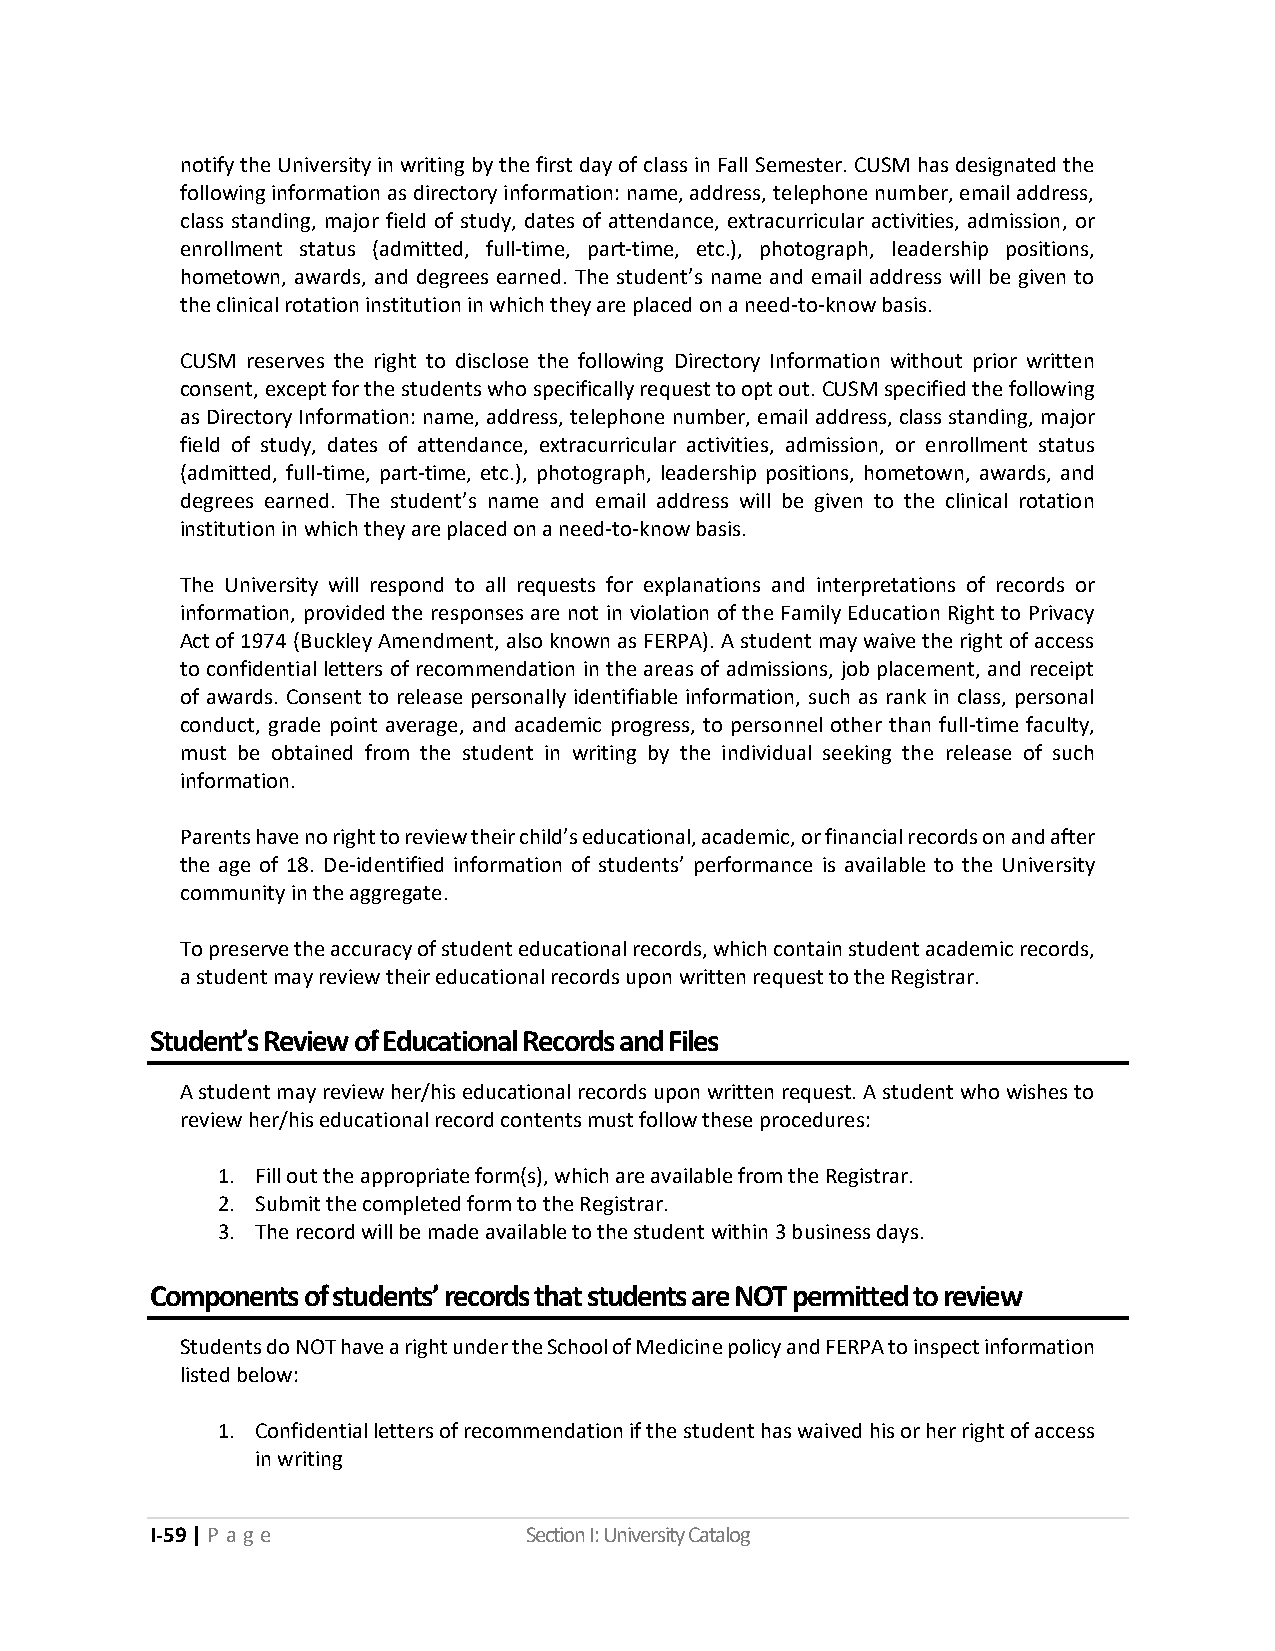
notify the University in writing by the first day of class in Fall Semester. CUSM has designated the
 following information as directory information: name, address, telephone number, email address,
 class standing, major field of study, dates of attendance, extracurricular activities, admission, or
 enrollment status (admitted, full-time, part-time, etc.), photograph, leadership positions,
 hometown, awards, and degrees earned. The student’s name and email address will be given to
 the clinical rotation institution in which they are placed on a need-to-know basis.
 CUSM reserves the right to disclose the following Directory Information without prior written
 consent, except for the students who specifically request to opt out. CUSM specified the following
 as Directory Information: name, address, telephone number, email address, class standing, major
 field of study, dates of attendance, extracurricular activities, admission, or enrollment status
 (admitted, full-time, part-time, etc.), photograph, leadership positions, hometown, awards, and
 degrees earned. The student’s name and email address will be given to the clinical rotation
 institution in which they are placed on a need-to-know basis.
 The University will respond to all requests for explanations and interpretations of records or
 information, provided the responses are not in violation of the Family Education Right to Privacy
 Act of 1974 (Buckley Amendment, also known as FERPA). A student may waive the right of access
 to confidential letters of recommendation in the areas of admissions, job placement, and receipt
 of awards. Consent to release personally identifiable information, such as rank in class, personal
 conduct, grade point average, and academic progress, to personnel other than full-time faculty,
 must be obtained from the student in writing by the individual seeking the release of such
 information.
 Parents have no right to review their child’s educational, academic, or financial records on and after
 the age of 18. De-identified information of students’ performance is available to the University
 community in the aggregate.
 To preserve the accuracy of student educational records, which contain student academic records,
 a student may review their educational records upon written request to the Registrar.
 Student’s Review of Educational Records and Files
 A student may review her/his educational records upon written request. A student who wishes to
 review her/his educational record contents must follow these procedures:
 1. Fill out the appropriate form(s), which are available from the Registrar.
 2. Submit the completed form to the Registrar.
 3. The record will be made available to the student within 3 business days.
 Components of students’ records that students are NOT permitted to review
 Students do NOT have a right under the School of Medicine policy and FERPA to inspect information
 listed below:
 1. Confidential letters of recommendation if the student has waived his or her right of access
 in writing
 I-59 | P a ge            Section I: University Catalog